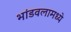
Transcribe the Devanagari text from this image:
भांडवलामध्ये